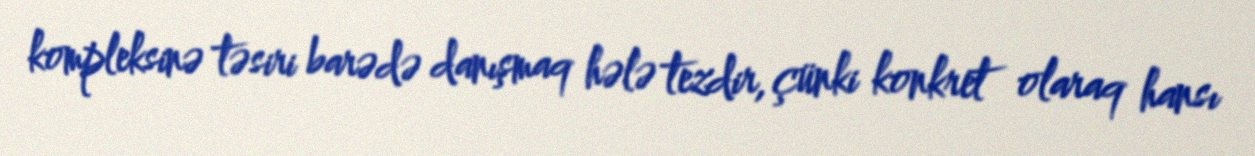
kompleksinə təsiri barədə danışmaq hələ tezdir, çünki konkret olaraq hansı